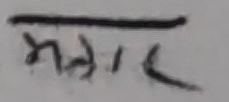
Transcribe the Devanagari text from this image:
मनार